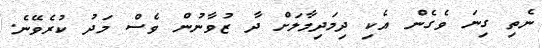
ނެތި ގިނަ ވެގެން އެކި ދިމަދިމާލަށް ދާ ޒުވާނުން ވެސް މަދު ކުރެވޭނެ.